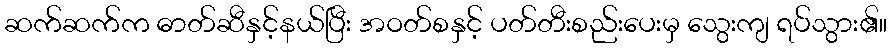
ဆက်ဆက်က ဓာတ်ဆီနှင့်နယ်ပြီး အဝတ်စနှင့် ပတ်တီးစည်းပေးမှ သွေးကျ ရပ်သွား၏။